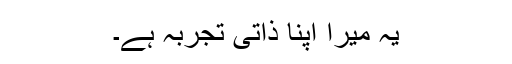
یہ میرا اپنا ذاتی تجربہ ہے۔